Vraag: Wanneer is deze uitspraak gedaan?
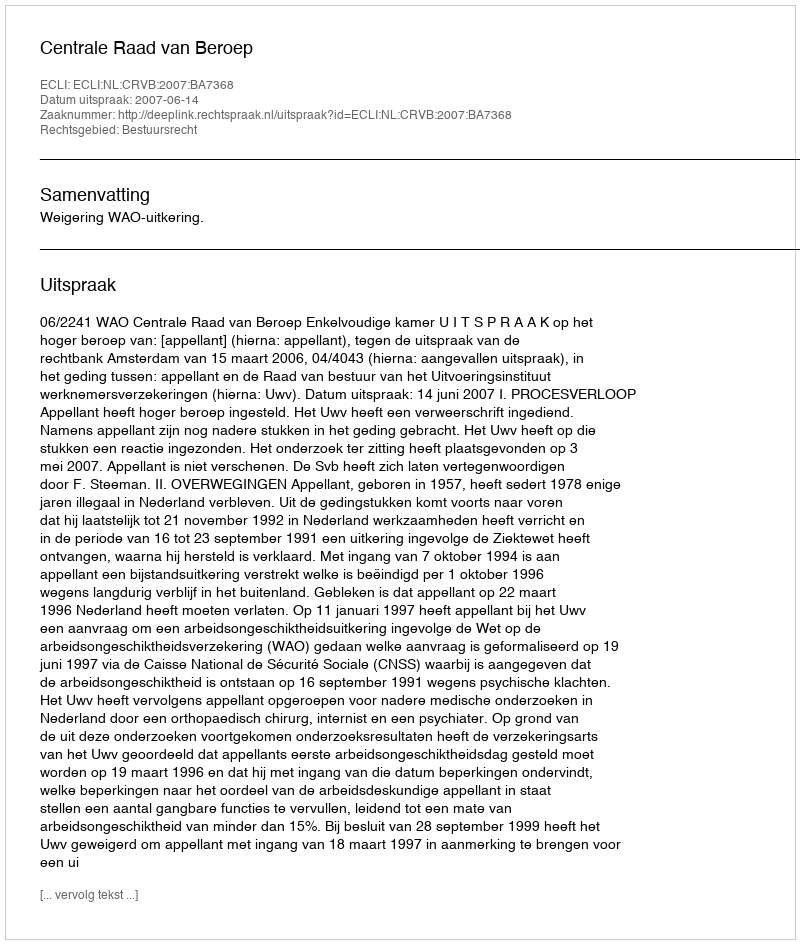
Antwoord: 2007-06-14